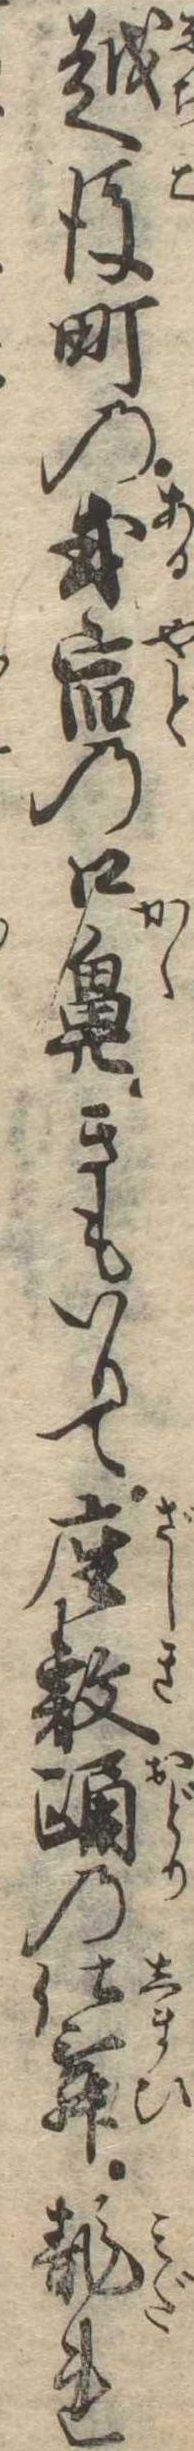
越後町の或宿の口鼻きもいりて座敷踊の仕舞乱れ